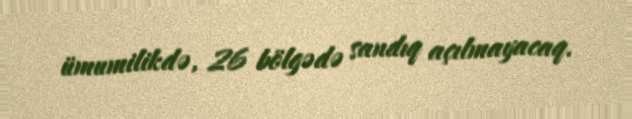
ümumilikdə, 26 bölgədə sandıq açılmayacaq.